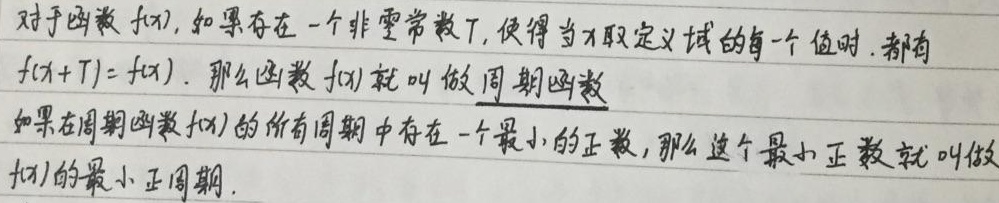
对于函数 \(f(x)\)，如果存在一个非零常数 \(T\)，使得当 \(x\) 取定义域的每一个值时，都有 \(f(x + T)=f(x)\)，那么函数 \(f(x)\) 就叫做周期函数。

如果在周期函数 \(f(x)\) 的所有周期中存在一个最小的正数，那么这个最小正数就叫做 \(f(x)\) 的最小正周期。